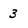
Character: 3